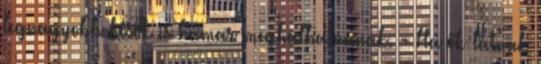
legnagyobb hősök is hamar meghalhatnának. - Ha ők látnak